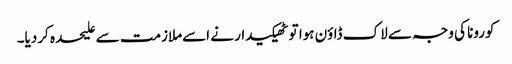
کورونا کی وجہ سے لاک ڈاؤن ہوا تو ٹھیکیدار نے اسےملازمت سے علیحدہ کردیا۔